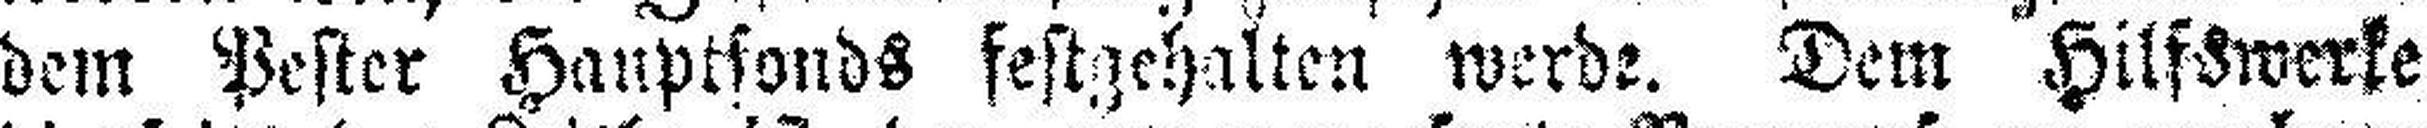
dem Pester Hauptfonds festgehalten werde. Dem Hilfswerke